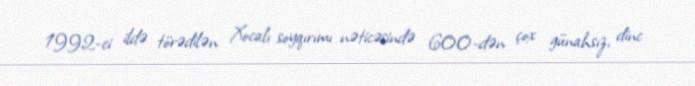
1992-ci ildə törədilən Xocalı soyqırımı nəticəsində 600-dən çox günahsız, dinc